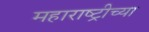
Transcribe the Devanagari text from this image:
महाराष्ट्रीच्या